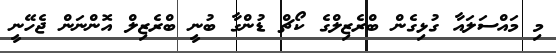
މި މައްސަލައާ ގުޅިގެން ބްރެޒިލްގެ ކޯޗް ޑުންގާ ބުނީ ބްރެޒިލް އޮންނަން ޖެހޭނީ